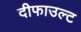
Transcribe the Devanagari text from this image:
दीफाउल्ट